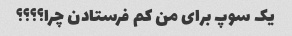
یک سوپ برای من کم فرستادن چرا؟؟؟؟